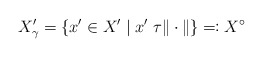
\begin{align*}X_{\gamma}'=\{x'\in X'\;|\;x'\;\tau \|\cdot\|\}\eqqcolon X^{\circ}\end{align*}